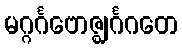
မဂ္ဂင်္ဂဗောဇ္ဈင်္ဂဂတေ